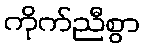
ကိုက်ညီစွာ